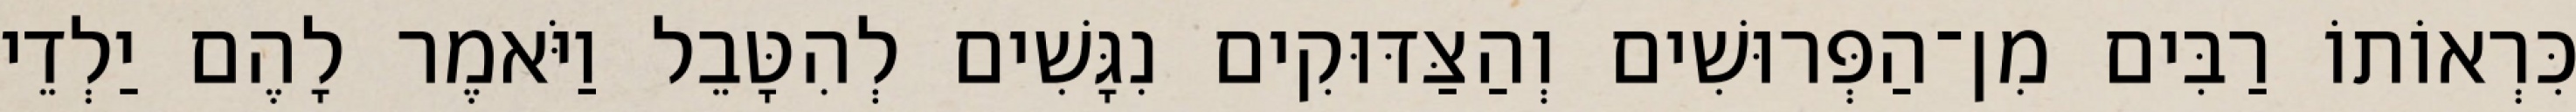
כִּרְאוֹתוֹ רַבִּים מִן־הַפְּרוּשִׁים וְהַצַּדּוּקִים נִגָּשִׁים לְהִטָּבֵל וַיֹּאמֶר לָהֶם יַלְדֵי